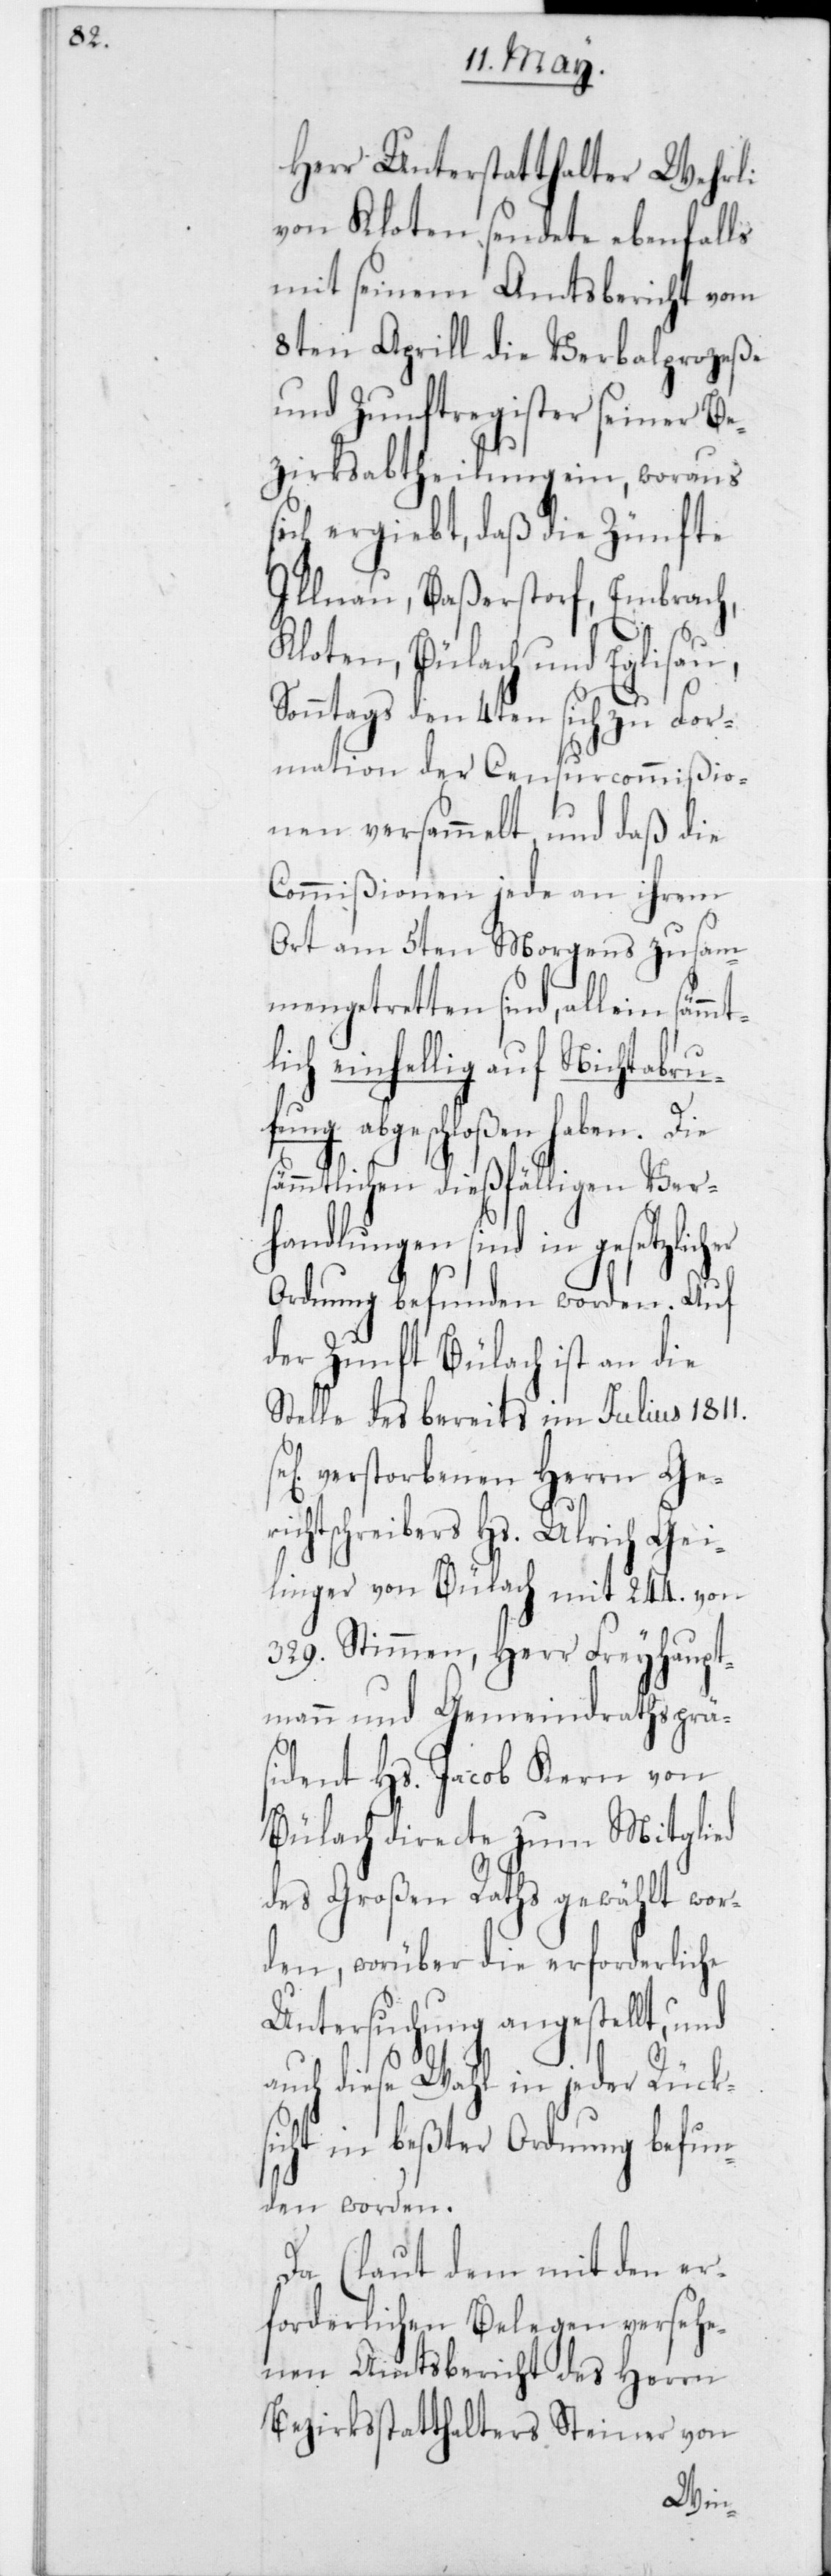
Herr Unterstatthalter Wehrli
von Kloten sendete ebenfalls
mit seinem Amtsbericht vom
8ten Aprill die Verbalprozeße
und Zunftregister seiner Be¬
zirksabtheilung ein, woraus
ich ergiebt, daß die Zünfte
Illnau, Baßerstorf, Embrach,
s¬
Kloten, Bülach und Eglisau,
Sonntags den 4ten sich zu For¬
mation der Censurcommißio¬
nen versammelt, und daß die
Commißionen jede an ihrem
Ort am 5ten Morgens zusam¬
mengetretten sind, allein säm¬
ich einhellig auf Nichtabru¬
fung abgeschloßen haben. Die
sämmtlichen dießfälligen Ver¬
handlungen sind in gesetzlic¬
Ordnung befunden worden. Auf
der Zunft Bülach ist an die
Stelle des bereits im Julius 1811
el. verstorbenen Herrn Ger¬
ichtschreiber Hs. Ulrich Gei¬
linger von Bülach mit 244 von
329 Stimmen, Herr Freyhaupt¬
mann und Gemeindrathsprä¬
sident Hs. Jacob Kern von
Bülach directe zum Mitglied
des Großen Raths gewählt wor¬
den, worüber die erforderliche
Untersuchung angestellt, und
auch diese Wahl in jeder Rück¬
sicht in beßter Ordnung befun¬
den worden.
Da (laut dem mit den er¬
forderlichen Belegen versehe¬
nen Amtsbericht des Herrn
Bezirksstatthalters Steiner von